Source: Handwritten
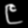
Digit: ၉ (9)